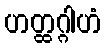
ဟတ္ထဂ္ဂါဟံ